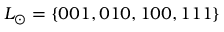
L _ { \odot } = \{ 0 0 1 , 0 1 0 , 1 0 0 , 1 1 1 \}